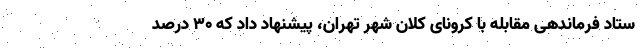
ستاد فرماندهی مقابله با کرونای کلان شهر تهران، پیشنهاد داد که ۳۰ درصد